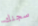
سجنك